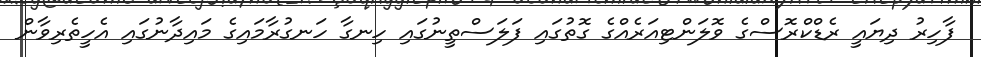
ފާހިރު ދިޔައީ ރެޑްކްރޮސްގެ ވޮލަންޓިއަރެއްގެ ގޮތުގައި ފަލަސްތީނުގައި ހިނގާ ހަނގުރާމައިގެ މައިދާނުގައި އެހީތެރިވާން